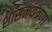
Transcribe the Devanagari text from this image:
शासनयंत्रणा